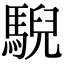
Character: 䮘